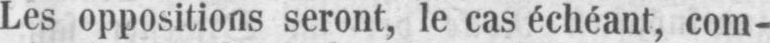
Les oppositions seront, le cas échéant, com-